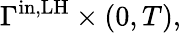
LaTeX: \Gamma^{\mathrm{in,LH}}\times(0,T),